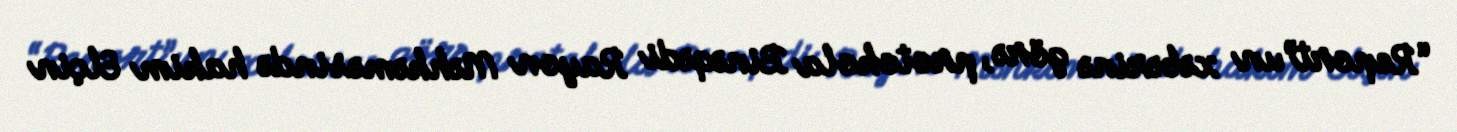
“Report”un xəbərinə görə, protokola Binəqədi Rayon Məhkəməsində hakim Elçin